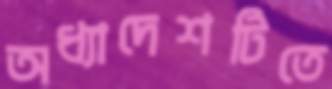
অধ্যাদেশটিতে